65_HS1-834228961_62-HQ-83894_Section_4
Agency: FBI
Page 213
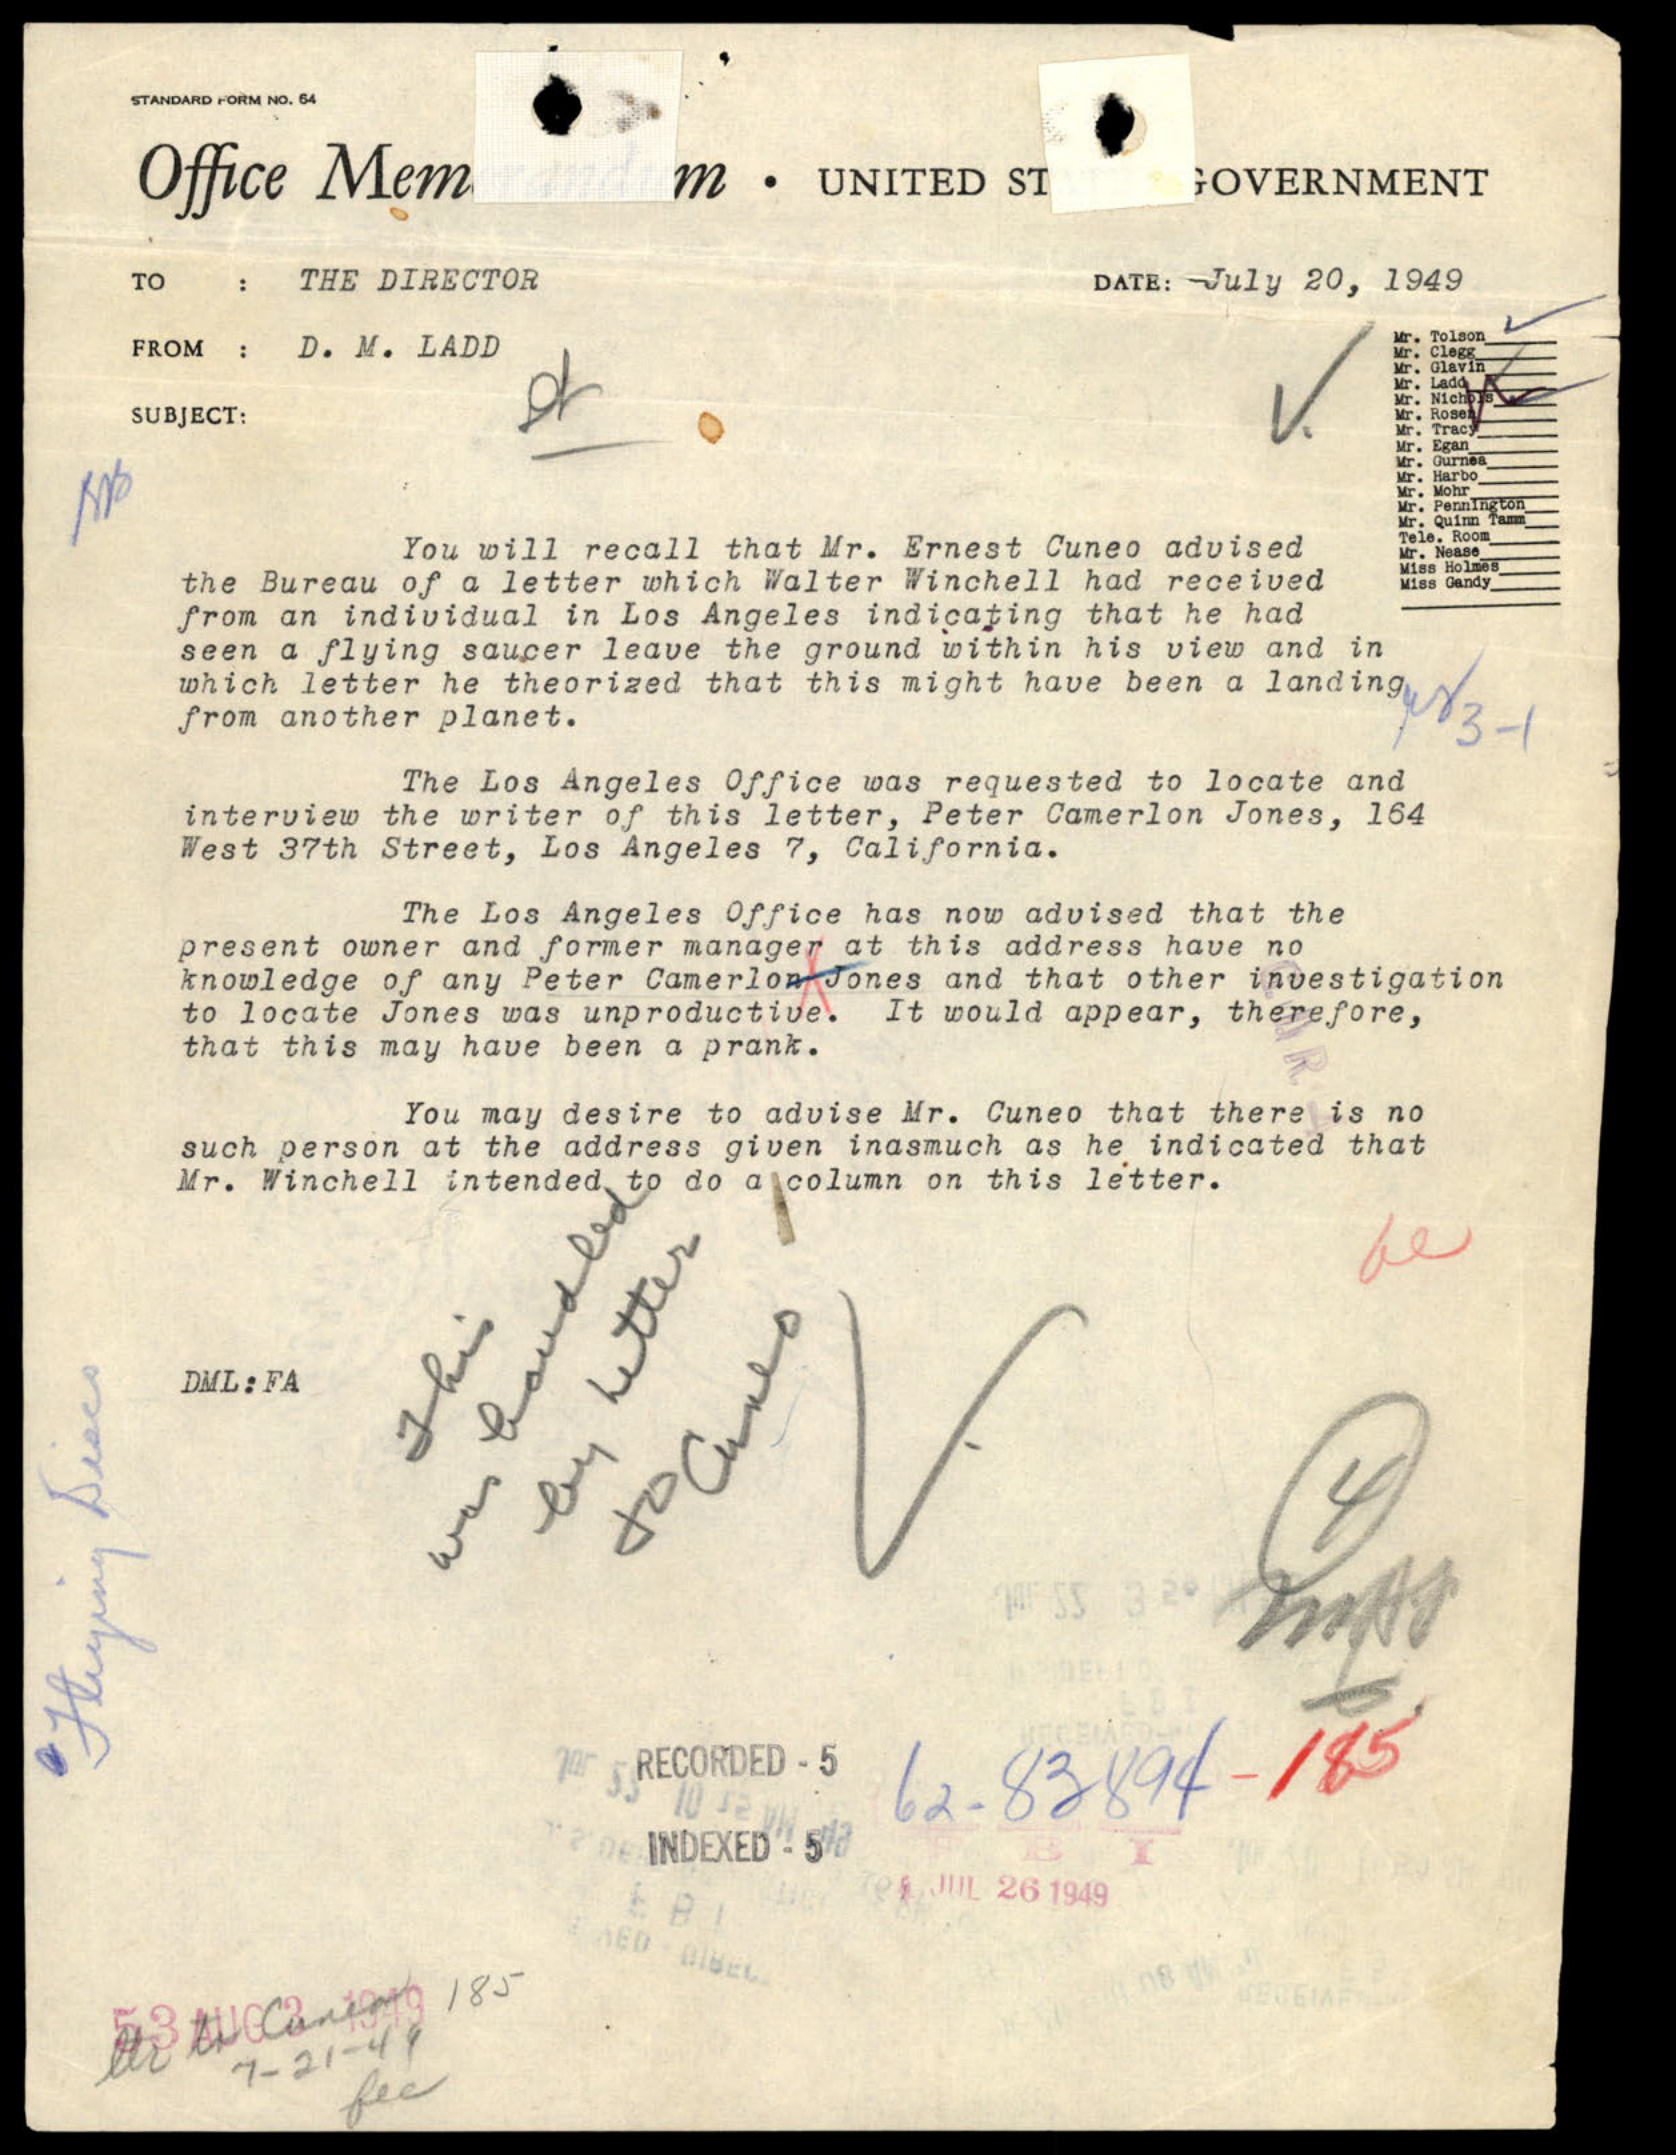